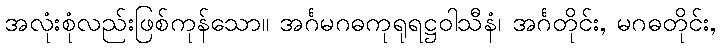
အလုံးစုံလည်းဖြစ်ကုန်သော။ အင်္ဂမဂဓကုရုရဋ္ဌဝါသီနံ၊ အင်္ဂတိုင်း, မဂဓတိုင်း,